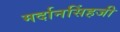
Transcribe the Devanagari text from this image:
मर्दानसिंहजी